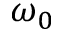
\omega _ { 0 }